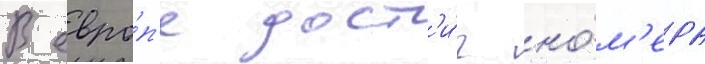
В евро́п'е дост'и́г но́м'ера